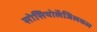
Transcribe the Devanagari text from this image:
सोसियोलॅजिलकल